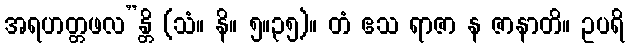
အရဟတ္တဖလ”န္တိ (သံ။ နိ။ ၅။၃၅)။ တံ ဧသ ရာဇာ န ဇာနာတိ။ ဥပရိ